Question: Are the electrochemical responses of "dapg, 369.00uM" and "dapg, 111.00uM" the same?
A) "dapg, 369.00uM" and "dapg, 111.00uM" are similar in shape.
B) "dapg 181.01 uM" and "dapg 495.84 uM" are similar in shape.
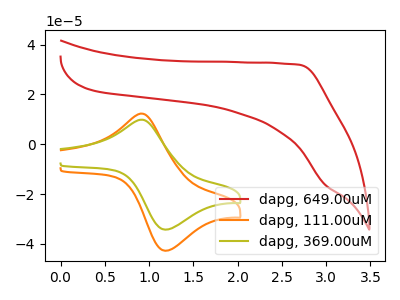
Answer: <think>The red curve "dapg, 649.00uM" has no peaks. The orange curve "dapg, 111.00uM" has an anodic peak at (0.90V, 12.30uA) and a cathodic peak at (1.20V, -42.75uA). The olive curve "dapg, 369.00uM" has an anodic peak at (0.90V, 9.85uA) and a cathodic peak at (1.20V, -34.30uA).
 All the peaks in "dapg, 369.00uM" have a peak in "dapg, 111.00uM" at the same potential. Every peak in "dapg, 369.00uM" is lower than every peak in "dapg, 111.00uM".</think>
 <answer>A) "dapg, 369.00uM" and "dapg, 111.00uM" are similar in shape.</answer>
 <eval>A</eval>